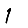
Digit: 1